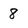
Character: 8